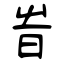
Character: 旹